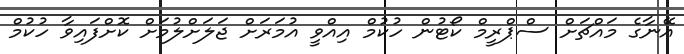
އޭނާގެ މައްޗަށް ސްޕްރީމް ކޯޓުން ހުކުމް އިއްވީ އުމަރަށް ޖަލަށްލުމަށް ކޮށްފައިވާ ހުކުމް